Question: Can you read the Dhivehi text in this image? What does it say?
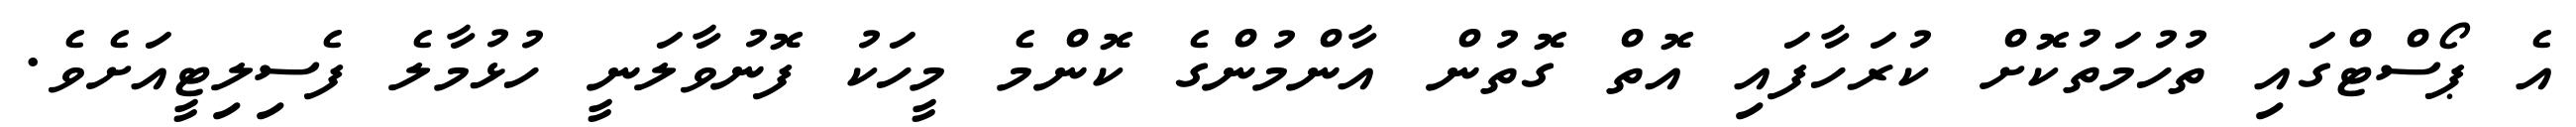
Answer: އެ ޕޯސްޓްގައި ތުހުމަތުކޮށް ކުރަހާފައި އޮތް ގޮތުން އާންމުންގެ ކޮންމެ މީހަކު ފޮނުވާލަނީ ހުޅުމާލެ ފެސިލިޓީއަށެވެ.